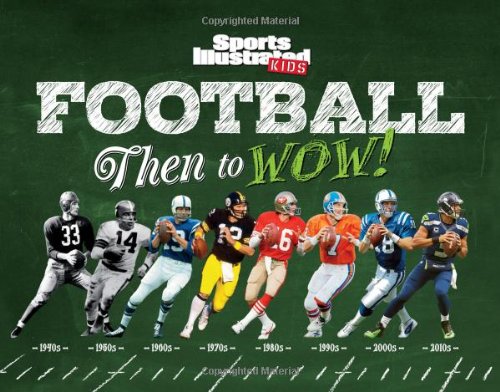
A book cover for Sports Illustrated Kids Football: Then to WOW!; The Editors of Sports Illustrated Kids; Children's Books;